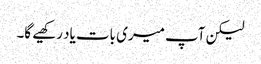
لیکن آپ میری بات یاد رکھیے گا۔